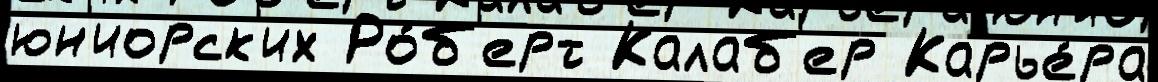
юн'иорск'их Ро́б'ерт Калаб'ер Карье́ра